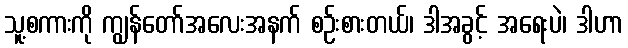
သူ့စကားကို ကျွန်တော်အလေးအနက် စဉ်းစားတယ်၊ ဒါအခွင့် အရေးပဲ၊ ဒါဟာ